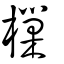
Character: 樔